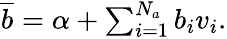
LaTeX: \begin{array}{r}{\overline{{b}}=\alpha+\sum_{i=1}^{N_{a}}b_{i}v_{i}.}\end{array}